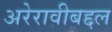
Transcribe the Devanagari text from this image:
अरेरावीबद्दल